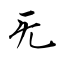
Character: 旡